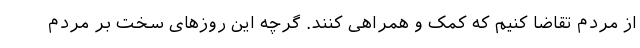
از مردم تقاضا کنیم که کمک و همراهی کنند. گرچه این روزهای سخت بر مردم